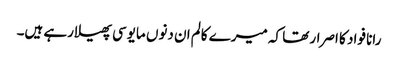
رانا فواد کا اصرار تھا کہ میرے کالم ان دنوں مایوسی پھیلارہے ہیں۔